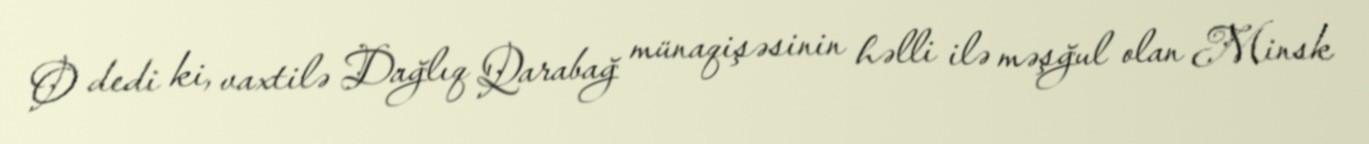
O dedi ki, vaxtilə Dağlıq Qarabağ münaqişəsinin həlli ilə məşğul olan Minsk